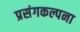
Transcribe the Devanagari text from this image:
प्रसंगकल्पना